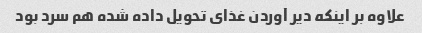
علاوه بر اینکه دیر آوردن غذای تحویل داده شده هم سرد بود